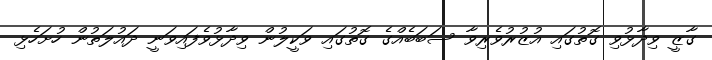
ގާޒީ ވިދާޅުވި ގޮތުގައި އުޒުރުވެރިވާ ސަބަބެއްގެ ގޮތުގައި ވަކީލުން ވިދާޅުވެފައިވަނީ ދައުލަތުން ހުށަހެޅި